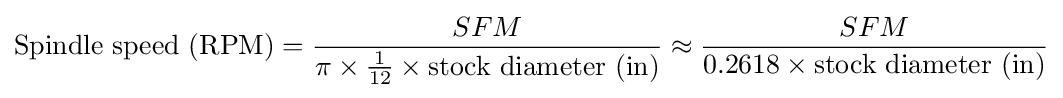
{\text{Spindle speed (RPM)}}={\frac {SFM}{\pi \times {\frac {1}{12}}\times {\text{stock diameter (in)}}}}\approx {\frac {SFM}{0.2618\times {\text{stock diameter (in)}}}}